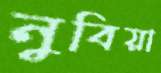
নুবিয়া